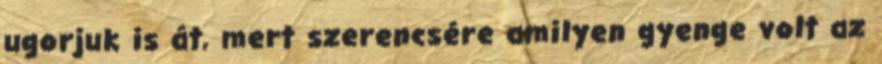
ugorjuk is át, mert szerencsére amilyen gyenge volt az